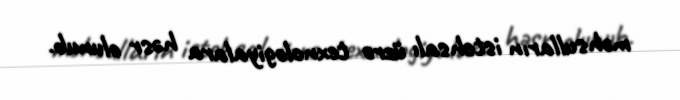
məhsulların istehsalı üzrə texnologiyalara həsr olunub.